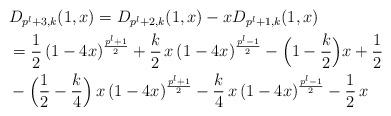
LaTeX: \begin{align*}&D_{p^l+3,k}(1,x)=D_{p^l+2,k}(1,x)-xD_{p^l+1,k}(1,x)\cr&= \frac{1}{2}\,(1-4x)^{\frac{p^l+1}{2}}+\frac{k}{2}\,x\,(1-4x)^{\frac{p^l-1}{2}}-\Big(1-\frac{k}{2}\Big)x+\frac{1}{2}\cr&-\Big(\frac{1}{2}-\frac{k}{4}\Big)\,x\,(1-4x)^{\frac{p^l+1}{2}}-\frac{k}{4}\,x\,(1-4x)^{\frac{p^l-1}{2}}-\frac{1}{2}\,x\end{align*}